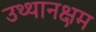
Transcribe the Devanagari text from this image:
उथ्थानक्षम